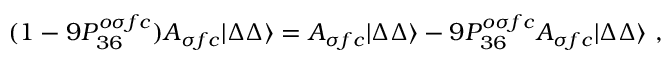
( 1 - 9 P _ { 3 6 } ^ { o \sigma f c } ) { \cal A } _ { \sigma f c } | \Delta \Delta \rangle = { \cal A } _ { \sigma f c } | \Delta \Delta \rangle - 9 P _ { 3 6 } ^ { o \sigma f c } { \cal A } _ { \sigma f c } | \Delta \Delta \rangle \ ,